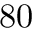
8 0